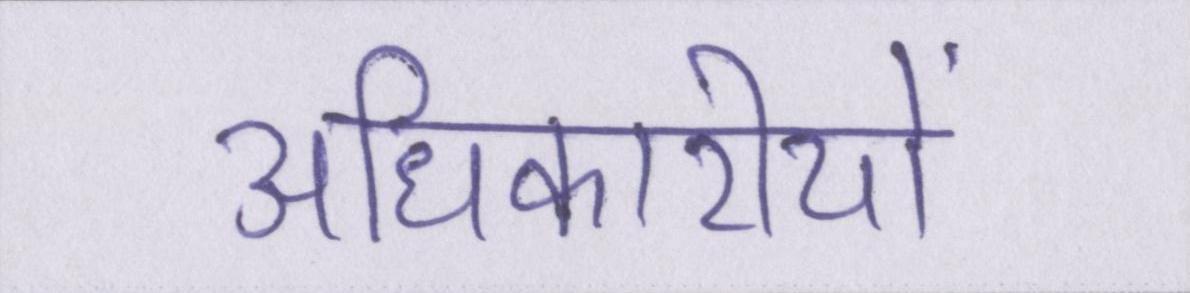
अधिकारीयों